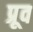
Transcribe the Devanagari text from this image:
प्रूव